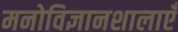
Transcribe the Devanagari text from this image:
मनोविज्ञानशालाएँ